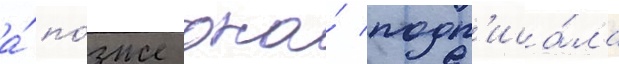
а́ по́зже она́ подп'иса́ла